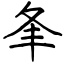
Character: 夆